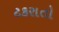
ટકરાતો